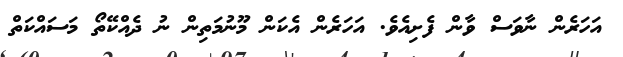
އަހަރެން ނާވަސް ވާން ފެށިއެވެ. އަހަރެން އެކަން މޫނުމަތިން ނު ދެއްކޭތޯ މަސައްކަތް